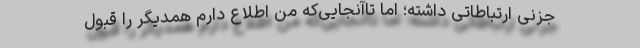
جزنی ارتباطاتی داشته؛ اما تا‌آنجایی‌كه من اطلاع دارم همدیگر را قبول